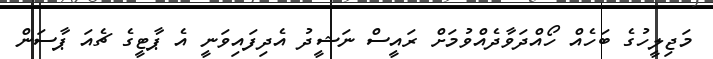
މަޖިލީހުގެ ބަހެއް ހޯއްދަވާދެއްވުމަށް ރައީސް ނަޝީދު އެދިފައިވަނީ އެ ޕާޓީގެ ޗެއަ ޕާސަން